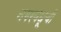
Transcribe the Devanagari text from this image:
नगरवधूची